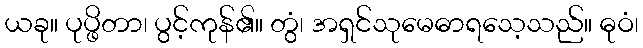
ယခု။ ပုပ္ဖိတာ၊ ပွင့်ကုန်၏။ တွံ၊ အရှင်သုမေဓာရသေ့သည်။ ဓုဝံ၊